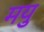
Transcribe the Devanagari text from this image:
मयु